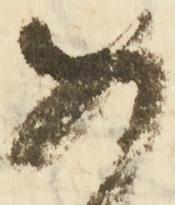
め